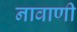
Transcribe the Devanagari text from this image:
नावाणी